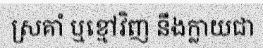
ស្រគាំ ឬខ្មៅវិញ នឹងក្លាយជា